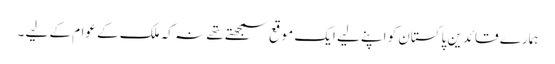
ہمارے قائدین پاکستان کو اپنے لیے ایک موقع سمجھتے تھے نہ کہ ملک کے عوام کے لیے ۔